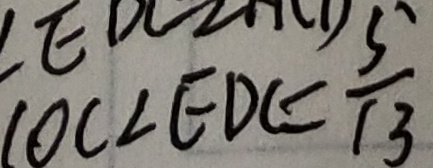
\cos \angle E D C = \frac { 5 } { 1 3 }